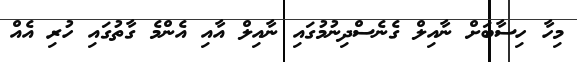
މިހާ ހިސާބަށް ނާއިލް ގެނެސްދިނުމުގައި ނާއިލް އާއި އެންމެ ގާތުގައި ހުރި އެއް